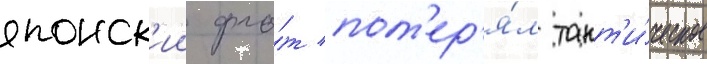
японск'ии фло́т пот'ер'я́л такт'и́ческое